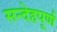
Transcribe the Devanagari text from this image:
सन्देहपूर्ण